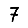
Digit: 7